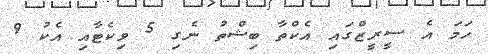
ހަމަ އެ ސީރީޒްގައި އެކްތާ ބިޝްތު ނެގި 5 ވިކެޓާއި އެކު 9